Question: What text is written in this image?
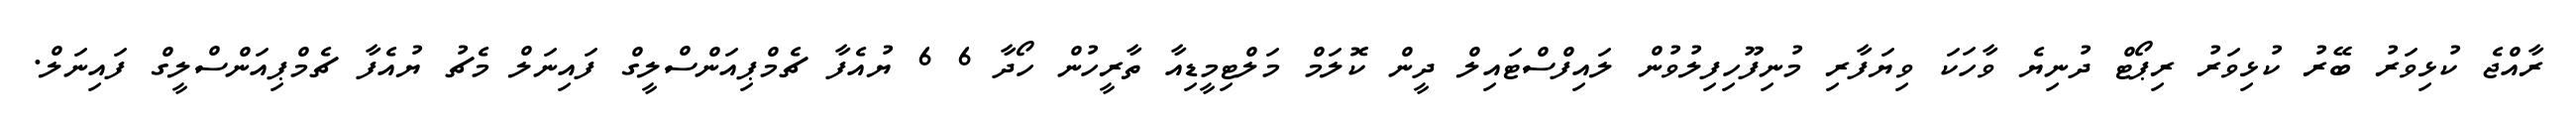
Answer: ރާއްޖެ ކުޅިވަރު ބޭރު ކުޅިވަރު ރިޕޯޓް ދުނިޔެ ވާހަކަ ވިޔަފާރި މުނިފޫހިފިލުވުން ލައިފްސްޓައިލް ދީން ކޮލަމް މަލްޓިމީޑިއާ ތާރީހުން ހޯދާ 6 6 ޔުއެފާ ޗެމްޕިއަންސްލީގް ފައިނަލް މެޗު ޔުއެފާ ޗެމްޕިއަންސްލީގް ފައިނަލް.